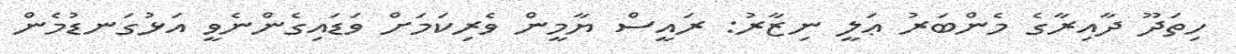
ހިތަދޫ ދާއިރާގެ މެންބަރު ޢަލީ ނިޒާރު: ރައީސް ޔާމީން ވެރިކަމަށް ވަޑައިގެންނެވީ އަޅުގަނޑުމެން